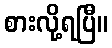
စားလို့ရပြီ။